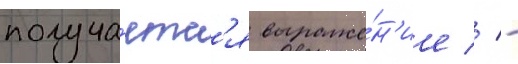
получа́етс'я выраже́н'ие // -